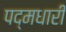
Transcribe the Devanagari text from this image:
पद्मधारी